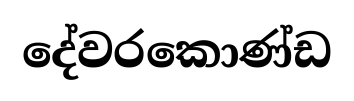
දේවරකොණ්ඩ